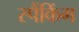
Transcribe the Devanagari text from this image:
स्पैंकिंग